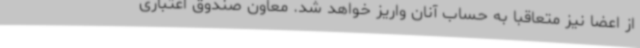
از اعضا نیز متعاقباً به حساب آنان واریز خواهد شد. معاون صندوق اعتباری